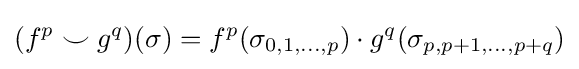
(f^{p}\smile g^{q})(\sigma )=f^{p}(\sigma _{0,1,...,p})\cdot g^{q}(\sigma _{p,p+1,...,p+q})